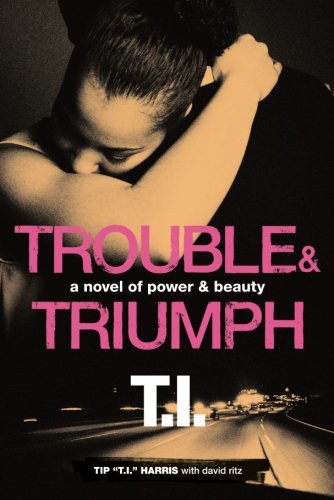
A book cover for Trouble & Triumph: A Novel of Power & Beauty; Tip "T.I." Harris; Romance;